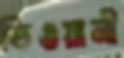
ভিওয়ানী